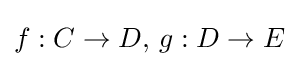
f:C\to D,\,g:D\to E